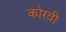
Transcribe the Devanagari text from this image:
कोरवी